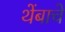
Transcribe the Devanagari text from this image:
थेंबाचे